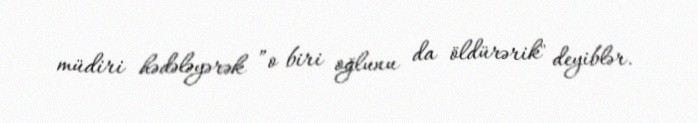
müdiri hədələyərək ”o biri oğlunu da öldürərik" deyiblər.